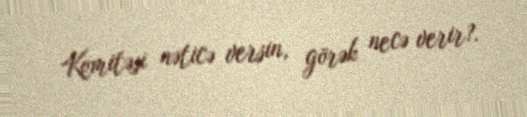
Komitəsi nəticə versin, görək necə verir?.